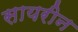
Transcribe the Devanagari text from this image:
सायरीन